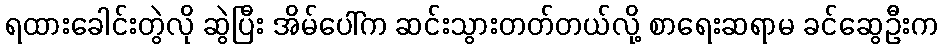
ရထားခေါင်းတွဲလို ဆွဲပြီး အိမ်ပေါ်က ဆင်းသွားတတ်တယ်လို့ စာရေးဆရာမ ခင်ဆွေဦးက